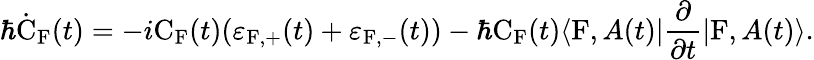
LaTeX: \hbar\dot{\mathrm{C}}_{\mathrm{F}}(t)=-i\mathrm{C}_{\mathrm{F}}(t)(\varepsilon_{\mathrm{F},+}(t)+\varepsilon_{\mathrm{F},-}(t))-\hbar\mathrm{C}_{\mathrm{F}}(t)\langle\mathrm{F},A(t)|\frac{\partial}{\partial t}|\mathrm{F},A(t)\rangle.